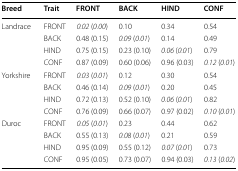
<table><thead><tr><td><b>Breed</b></td><td><b>Trait</b></td><td><b>FRONT</b></td><td><b>BACK</b></td><td><b>HIND</b></td><td><b>CONF</b></td></tr></thead><tbody><tr><td rowspan="4">Landrace</td><td>FRONT</td><td><i>0.02</i> (<i>0.00</i>)</td><td>0.10</td><td>0.34</td><td>0.54</td></tr><tr><td>BACK</td><td>0.48 (0.15)</td><td><i>0.09</i> (<i>0.01</i>)</td><td>0.14</td><td>0.49</td></tr><tr><td>HIND</td><td>0.75 (0.15)</td><td>0.23 (0.10)</td><td><i>0.06</i> (<i>0.01</i>)</td><td>0.79</td></tr><tr><td>CONF</td><td>0.87 (0.09)</td><td>0.60 (0.06)</td><td>0.96 (0.03)</td><td><i>0.12</i> (<i>0.01</i>)</td></tr><tr><td rowspan="4">Yorkshire</td><td>FRONT</td><td><i>0.03</i> (<i>0.01</i>)</td><td>0.12</td><td>0.30</td><td>0.54</td></tr><tr><td>BACK</td><td>0.46 (0.14)</td><td><i>0.09</i> (<i>0.01</i>)</td><td>0.20</td><td>0.45</td></tr><tr><td>HIND</td><td>0.72 (0.13)</td><td>0.52 (0.10)</td><td><i>0.06</i> (<i>0.01</i>)</td><td>0.82</td></tr><tr><td>CONF</td><td>0.76 (0.09)</td><td>0.66 (0.07)</td><td>0.97 (0.02)</td><td><i>0.10</i> (<i>0.01</i>)</td></tr><tr><td rowspan="4">Duroc</td><td>FRONT</td><td><i>0.05</i> (<i>0.01</i>)</td><td>0.23</td><td>0.44</td><td>0.62</td></tr><tr><td>BACK</td><td>0.55 (0.13)</td><td><i>0.08</i> (<i>0.01</i>)</td><td>0.21</td><td>0.59</td></tr><tr><td>HIND</td><td>0.95 (0.09)</td><td>0.55 (0.12)</td><td><i>0.07</i> (<i>0.01</i>)</td><td>0.73</td></tr><tr><td>CONF</td><td>0.95 (0.05)</td><td>0.73 (0.07)</td><td>0.94 (0.03)</td><td><i>0.13</i> (<i>0.02</i>)</td></tr></tbody></table>